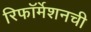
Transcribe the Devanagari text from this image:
रिफॉर्मेशनची